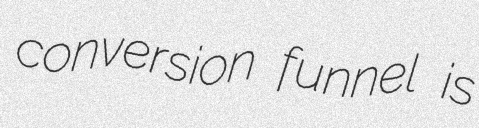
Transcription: conversion funnel is